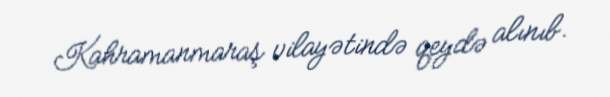
Kahramanmaraş vilayətində qeydə alınıb.